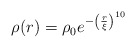
\begin{align*}\rho(r) = \rho_0 e^{-\left(\frac{r}{\xi}\right)^{10}}\end{align*}